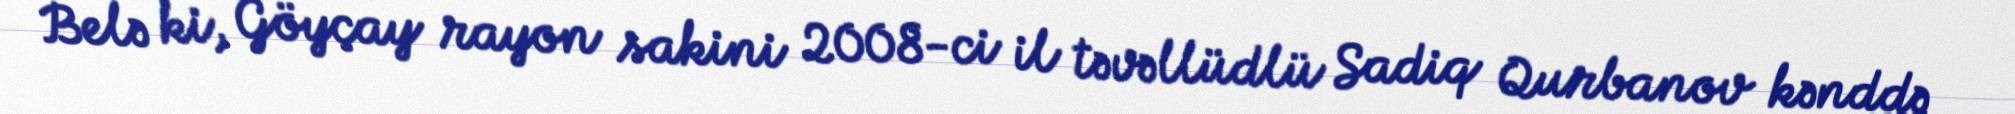
Belə ki, Göyçay rayon sakini 2008-ci il təvəllüdlü Sadiq Qurbanov kənddə